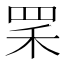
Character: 𦊜